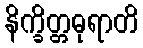
နိက္ခိတ္တဓုရာတိ